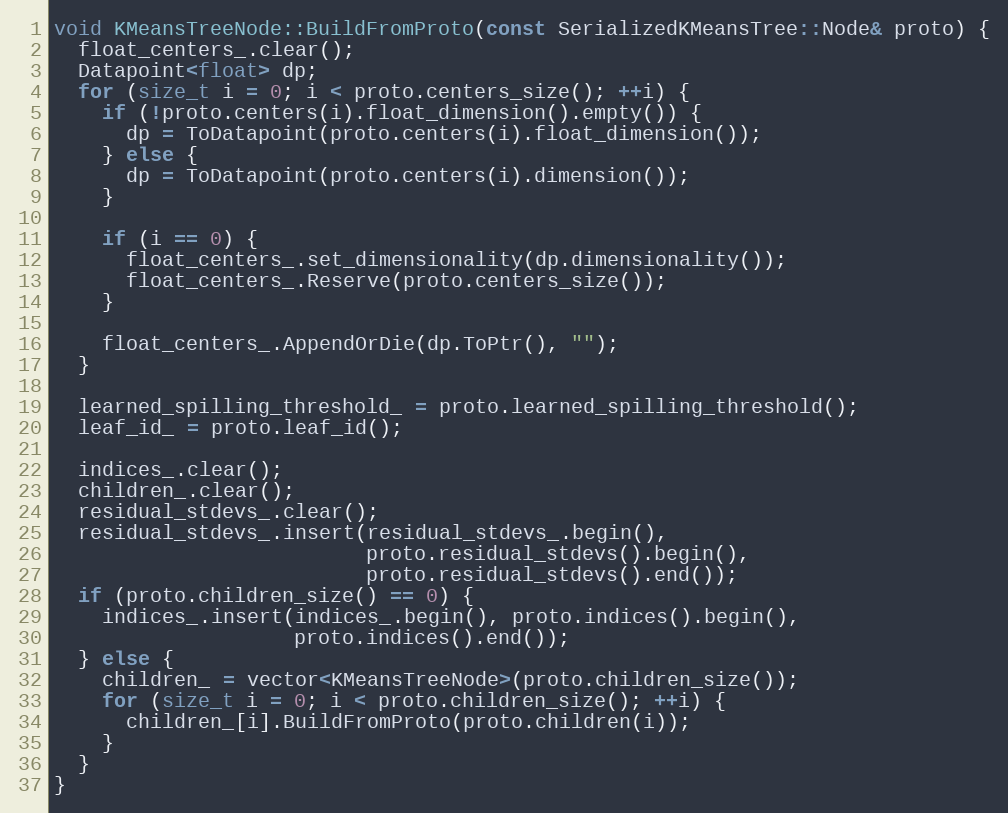
Language: C++
void KMeansTreeNode::BuildFromProto(const SerializedKMeansTree::Node& proto) {
  float_centers_.clear();
  Datapoint<float> dp;
  for (size_t i = 0; i < proto.centers_size(); ++i) {
    if (!proto.centers(i).float_dimension().empty()) {
      dp = ToDatapoint(proto.centers(i).float_dimension());
    } else {
      dp = ToDatapoint(proto.centers(i).dimension());
    }

    if (i == 0) {
      float_centers_.set_dimensionality(dp.dimensionality());
      float_centers_.Reserve(proto.centers_size());
    }

    float_centers_.AppendOrDie(dp.ToPtr(), "");
  }

  learned_spilling_threshold_ = proto.learned_spilling_threshold();
  leaf_id_ = proto.leaf_id();

  indices_.clear();
  children_.clear();
  residual_stdevs_.clear();
  residual_stdevs_.insert(residual_stdevs_.begin(),
                          proto.residual_stdevs().begin(),
                          proto.residual_stdevs().end());
  if (proto.children_size() == 0) {
    indices_.insert(indices_.begin(), proto.indices().begin(),
                    proto.indices().end());
  } else {
    children_ = vector<KMeansTreeNode>(proto.children_size());
    for (size_t i = 0; i < proto.children_size(); ++i) {
      children_[i].BuildFromProto(proto.children(i));
    }
  }
}